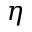
\eta